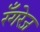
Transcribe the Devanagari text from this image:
रँगरेज